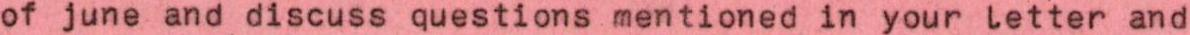
of june and discuss questions mentioned in your letter and